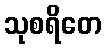
သုစရိတေ